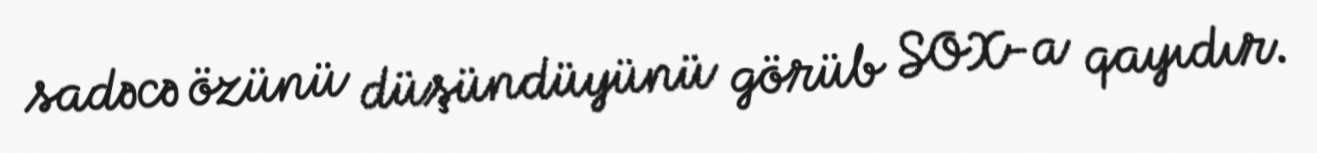
sadəcə özünü düşündüyünü görüb SOX-a qayıdır.